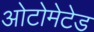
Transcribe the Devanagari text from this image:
ओटोमेटेड